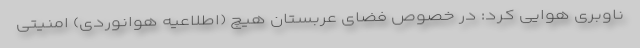
ناوبری هوایی کرد: در خصوص فضای عربستان هیچ (اطلاعیه هوانوردی) امنیتی